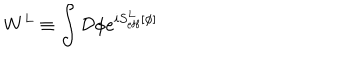
W ^ { L } \equiv \int { \cal D } \phi e ^ { i S _ { \mathrm { e f f } } ^ { L } [ \phi ] }